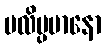
ပလိမ္ပမာနော